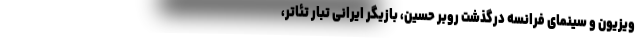
ویزیون و سینمای فرانسه درگذشت روبر حسین، بازیگر ایرانی تبار تئاتر،